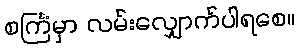
စင်္ကြံမှာ လမ်းလျှောက်ပါရစေ။